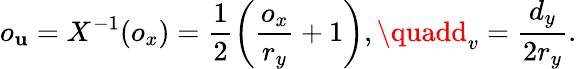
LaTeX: o_{\mathbf{u}}=X^{-1}(o_{x})=\frac{{1}}{{2}}\left(\frac{{o_{x}}}{{r_{y}}}+1\right),\quadd_{v}=\frac{{d_{y}}}{{2r_{y}}}.